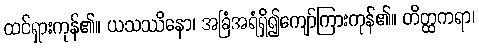
ထင်ရှားကုန်၏။ ယသဿိနော၊ အခြံအရံရှိ၍ကျော်ကြားကုန်၏။ တိတ္ထကရာ၊